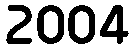
2004